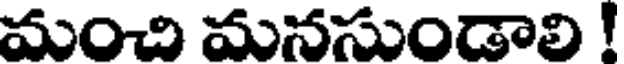
మంచి మనసుండాలి !